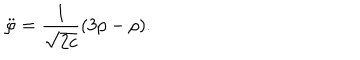
\ddot { \varphi } = \frac { 1 } { \sqrt { 2 c } } ( 3 p - \rho ) .